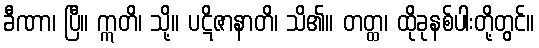
ခီဏာ၊ ပြီ။ ဣတိ၊ သို့။ ပဋိဇာနာတိ၊ သိ၏။ တတ္ထ၊ ထိုခုနစ်ပါးတို့တွင်။